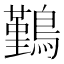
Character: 𪅀